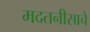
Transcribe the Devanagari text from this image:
मदतनीसाचे